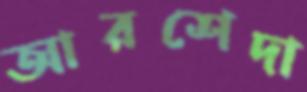
আরশেদা